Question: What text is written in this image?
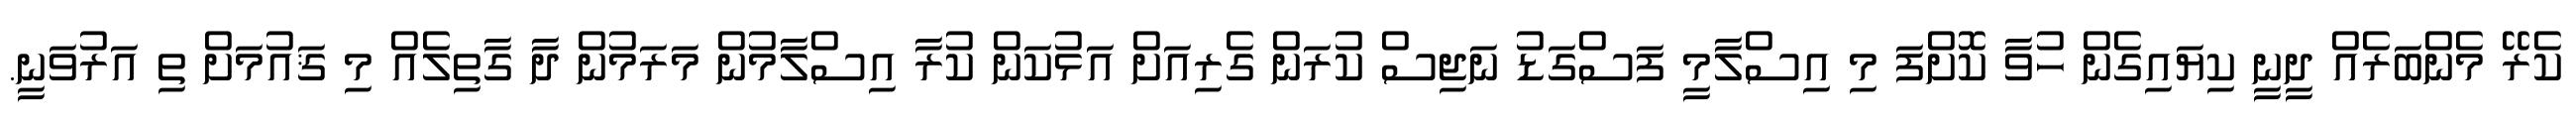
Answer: ކެރޭ މެންބަރެއް ދީނީ ކިޔައިގެން ހުވާ ކޮށްފަ މި އިސްލާމީ ފަސްގަޑު ނަޖިސް ކުރަން ގެރިއަށް އަޅުކަން ކުރާ އިސްލާމުން މަރަމުން ދާ ގާތިލެއް މި ޤައުމަށް ތި އަރުވަނީ.